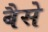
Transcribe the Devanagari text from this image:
बैसे